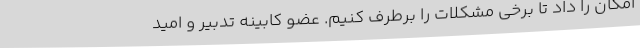
امکان را داد تا برخی مشکلات را برطرف کنیم. عضو کابینه تدبیر و امید